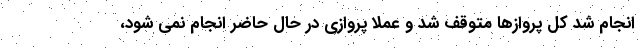
انجام شد کل پروازها متوقف شد و عملا پروازی در حال حاضر انجام نمی شود،